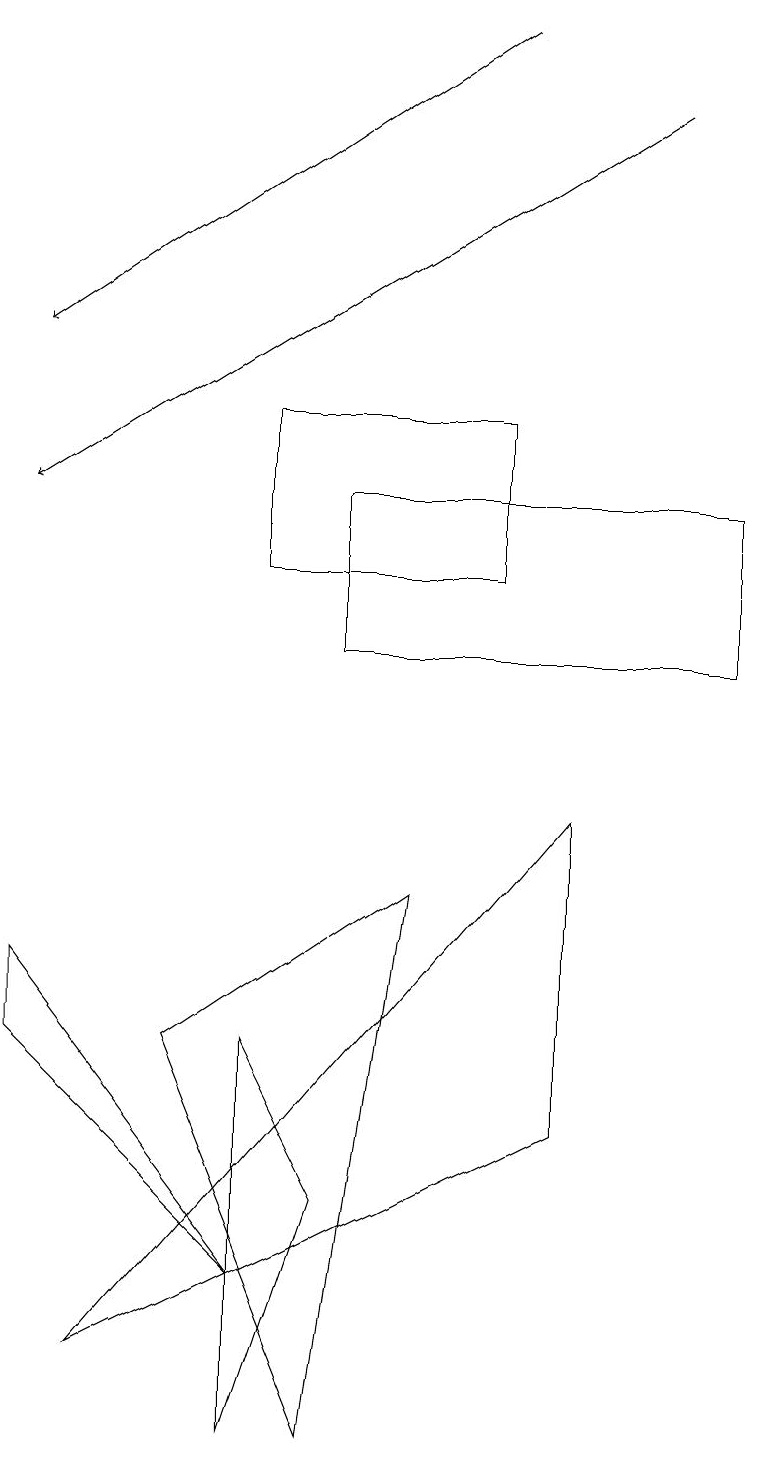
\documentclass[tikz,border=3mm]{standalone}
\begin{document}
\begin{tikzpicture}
\draw (4,13) rectangle (9,11);
\draw (3,12) rectangle (6,14);
\draw (0,6) -- (3,3) -- (0,7) -- cycle;
\draw (4,1) -- (5,8) -- (2,6) -- cycle;
\draw[->] (8,18) -- (0,13);
\draw (7,5) -- (1,2) -- (7,9) -- cycle;
\draw (4,4) -- (3,6) -- (3,1) -- cycle;
\draw[->] (6,19) -- (0,15);
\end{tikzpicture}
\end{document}